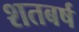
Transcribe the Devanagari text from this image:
शतबर्ष